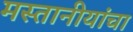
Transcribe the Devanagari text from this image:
मस्तानीयांचा